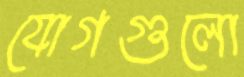
যোগগুলো